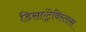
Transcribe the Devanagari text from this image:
डिसएंट्रेविस्तास